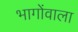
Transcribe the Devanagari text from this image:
भागोंवाला